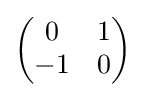
{\begin{pmatrix}0&1\\-1&0\end{pmatrix}}